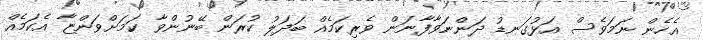
އެހެން ނަމަވެސް އަޅުގަނޑު ދަންނަވާފާނަން ވެރިކަމެއް ބަދަލު ކުރަން ބޭނުންވާ ކަމަށްވަންޏާ އެކަމެއް